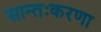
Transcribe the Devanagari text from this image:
सान्तःकरणा